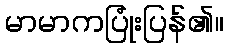
မာမာကပြုံးပြန်၏။